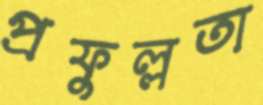
প্রফুল্লতা